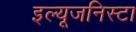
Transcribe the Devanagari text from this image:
इल्‍यूजनिस्‍टा